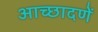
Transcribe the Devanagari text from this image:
आच्छादणें